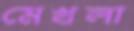
মেখলা